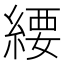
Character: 䌁